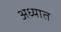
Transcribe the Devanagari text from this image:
अध्यात